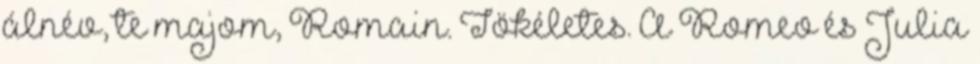
álnév, te majom, Romain. Tökéletes. A Romeo és Julia